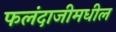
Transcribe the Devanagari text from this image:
फलंदाजीमधील